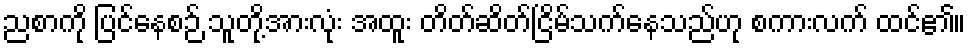
ညစာကို ပြင်နေစဉ် သူတို့အားလုံး အထူး တိတ်ဆိတ်ငြိမ်သက်နေသည်ဟု စကားလက် ထင်၏။